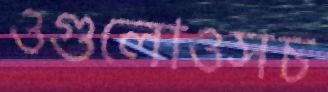
ওগুলোওসচ